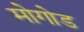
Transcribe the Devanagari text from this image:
मोगोड